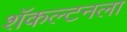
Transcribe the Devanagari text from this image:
शॅकल्टनला